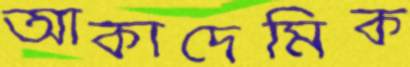
আকাদেমিক